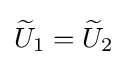
{\widetilde {U}}_{1}={\widetilde {U}}_{2}